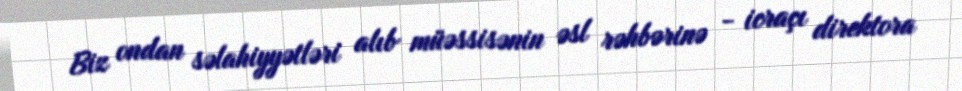
Biz ondan səlahiyyətləri alıb müəssisənin əsl rəhbərinə - icraçı direktora